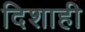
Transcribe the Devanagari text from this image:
दिशाही